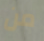
من